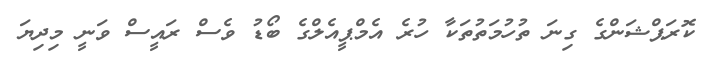
ކޮރަޕްޝަންގެ ގިނަ ތުހުމަތުތަކާ ހުރެ އެމްޕީއެލްގެ ބޯޑު ވެސް ރައީސް ވަނީ މިދިޔަ